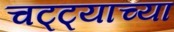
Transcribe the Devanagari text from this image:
चट्ट्याच्या